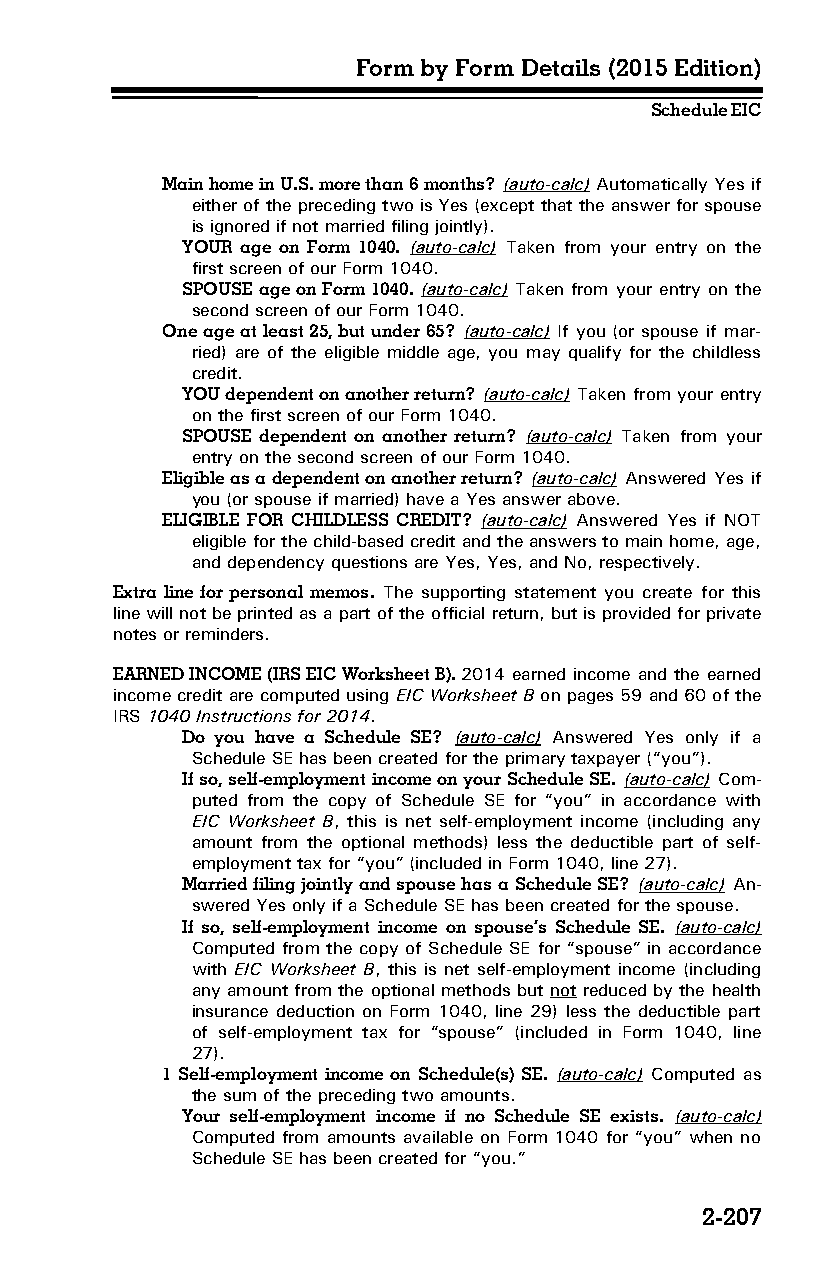
Form by Form Details (2015 Edition)
 Schedule EIC
 Main home in U.S. more than 6 months? (auto-calc) Automatically Yes if
 either of the preceding two is Yes (except that the answer for spouse
 is ignored if not married filing jointly).
 YOUR age on Form 1040. (auto-calc) Taken from your entry on the
 first screen of our Form 1040.
 SPOUSE age on Form 1040. (auto-calc) Taken from your entry on the
 second screen of our Form 1040.
 One age at least 25, but under 65? (auto-calc) If you (or spouse if mar­
 ried) are of the eligible middle age, you may qualify for the childless
 credit.
 YOU dependent on another return? (auto-calc) Taken from your entry
 on the first screen of our Form 1040.
 SPOUSE dependent on another return? (auto-calc) Taken from your
 entry on the second screen of our Form 1040.
 Eligible as a dependent on another return? (auto-calc) Answered Yes if
 you (or spouse if married) have a Yes answer above.
 ELIGIBLE FOR CHILDLESS CREDIT? (auto-calc) Answered Yes if NOT
 eligible for the child-based credit and the answers to main home, age,
 and dependency questions are Yes, Yes, and No, respectively.
 Extra line for personal memos. The supporting statement you create for this
 line will not be printed as a part of the official return, but is provided for private
 notes or reminders.
 EARNED INCOME (IRS EIC Worksheet B). 2014 earned income and the earned
 income credit are computed using EIC Worksheet B on pages 59 and 60 of the
 IRS 1040 Instructions for 2014.
 Do you have a Schedule SE? (auto-calc) Answered Yes only if a
 Schedule SE has been created for the primary taxpayer (“you”).
 If so, self-employment income on your Schedule SE. (auto-calc) Com­
 puted from the copy of Schedule SE for “you” in accordance with
 EIC Worksheet B, this is net self-employment income (including any
 amount from the optional methods) less the deductible part of self-
 employment tax for “you” (included in Form 1040, line 27).
 Married filing jointly and spouse has a Schedule SE? (auto-calc) An­
 swered Yes only if a Schedule SE has been created for the spouse.
 If so, self-employment income on spouse’s Schedule SE. (auto-calc)
 Computed from the copy of Schedule SE for “spouse” in accordance
 with EIC Worksheet B, this is net self-employment income (including
 any amount from the optional methods but not reduced by the health
 insurance deduction on Form 1040, line 29) less the deductible part
 of self-employment tax for “spouse” (included in Form 1040, line
 27).
 1 Self-employment income on Schedule(s) SE. (auto-calc) Computed as
 the sum of the preceding two amounts.
 Your self-employment income if no Schedule SE exists. (auto-calc)
 Computed from amounts available on Form 1040 for “you” when no
 Schedule SE has been created for “you.”
 2-207